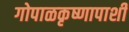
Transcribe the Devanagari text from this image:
गोपाळकृष्णापाशी